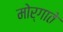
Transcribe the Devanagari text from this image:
मोर्गाते